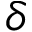
\delta